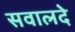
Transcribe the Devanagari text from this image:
सवालदे